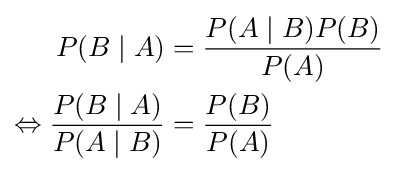
{\begin{aligned}P(B\mid A)&={\frac {P(A\mid B)P(B)}{P(A)}}\\\Leftrightarrow {\frac {P(B\mid A)}{P(A\mid B)}}&={\frac {P(B)}{P(A)}}\end{aligned}}